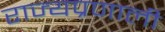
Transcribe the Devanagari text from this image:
राज्यप्रणाली